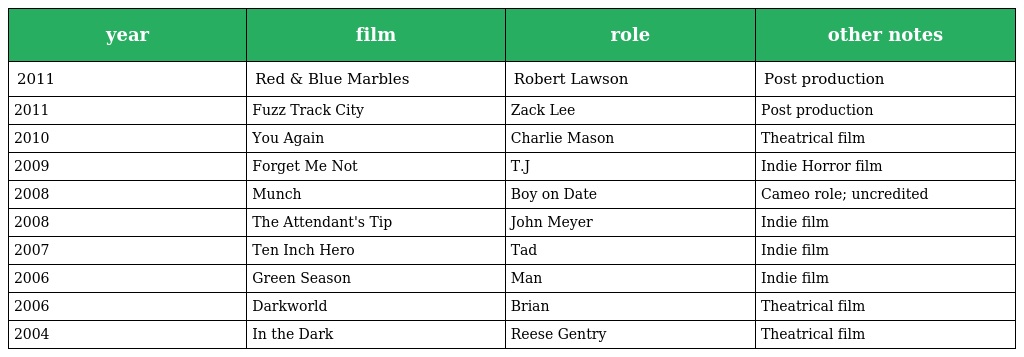
| year | film | role | other notes |
 | --- | --- | --- | --- |
 | 2011 | Red & Blue Marbles | Robert Lawson | Post production |
 | 2011 | Fuzz Track City | Zack Lee | Post production |
 | 2010 | You Again | Charlie Mason | Theatrical film |
 | 2009 | Forget Me Not | T.J | Indie Horror film |
 | 2008 | Munch | Boy on Date | Cameo role; uncredited |
 | 2008 | The Attendant's Tip | John Meyer | Indie film |
 | 2007 | Ten Inch Hero | Tad | Indie film |
 | 2006 | Green Season | Man | Indie film |
 | 2006 | Darkworld | Brian | Theatrical film |
 | 2004 | In the Dark | Reese Gentry | Theatrical film |